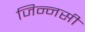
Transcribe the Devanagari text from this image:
जिन्नसी